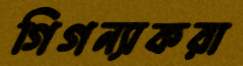
গিগন্যাকরা